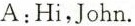
A:Hi,John.